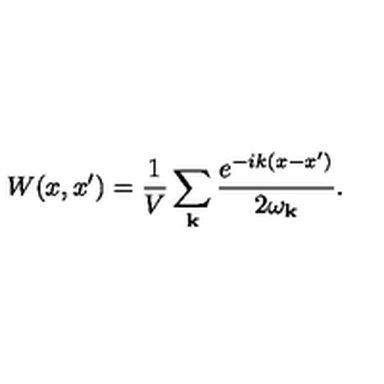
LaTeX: W ( x , x ^ { \prime } ) = \frac { 1 } { V } \sum _ { { \bf k } } \frac { e ^ { - i k ( x - x ^ { \prime } ) } } { 2 \omega _ { { \bf k } } } .